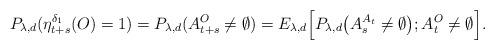
LaTeX: \begin{align*}P_{\lambda,d}(\eta_{t+s}^{\delta_1}(O)=1)=P_{\lambda,d}(A_{t+s}^O\neq \emptyset)=E_{\lambda,d}\Big[P_{\lambda,d}\big(A_s^{A_t}\neq \emptyset\big);A_t^O\neq \emptyset\Big].\end{align*}